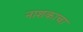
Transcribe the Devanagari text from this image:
नाशकाचा